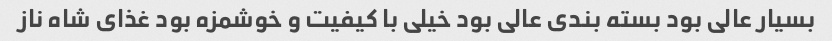
بسیار عالی بود بسته بندی عالی بود خیلی با کیفیت و خوشمزه بود غذای شاه ناز